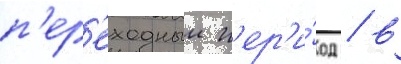
п'ер'еходныи п'ер'и́од / в